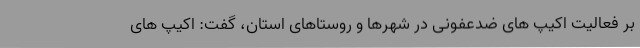
بر فعالیت اکیپ های ضدعفونی در شهرها و روستاهای استان، گفت: اکیپ های